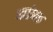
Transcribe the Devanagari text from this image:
मार्तनक